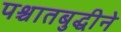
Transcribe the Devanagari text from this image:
पश्चातबुद्धीने